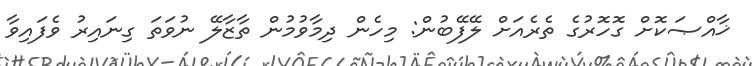
ޚާއްޞަކޮށް ގޮހޮރުގެ ތެރެއަށް ލޭފޭބުން: މިހެން ދިމާވުމުން ތާޒާލޭ ނުވަތަ ގިނައިރު ވެފައިވާ